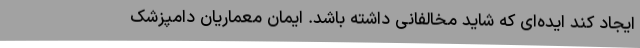
ایجاد کند ایده‌ای که شاید مخالفانی داشته باشد. ایمان معماریان دامپزشک